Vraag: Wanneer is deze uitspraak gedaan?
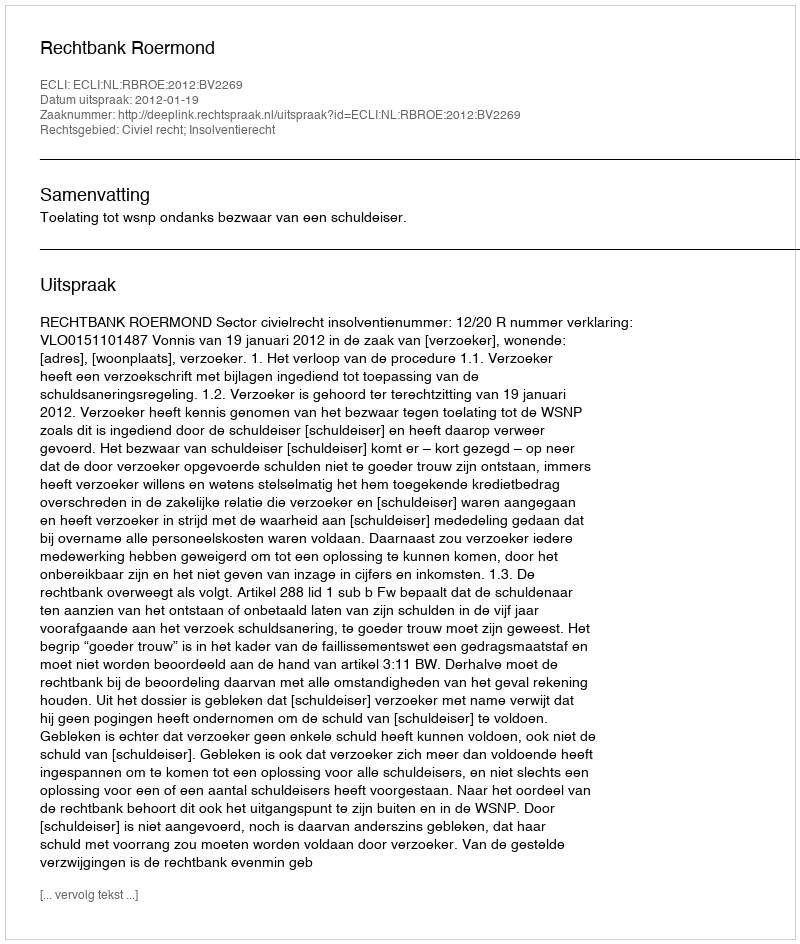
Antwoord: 2012-01-19